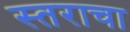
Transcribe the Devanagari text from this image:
स्तराचा